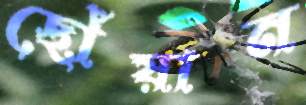
ছোঁয়ান